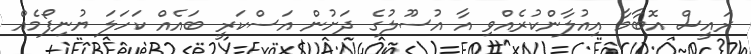
ރައީސް އޮބާމާ އިއުލާންކުރެއްވި އާ އުސޫލުގެ ދަށުން އަސްކަރީ ބައެއް ކަހަލަ ޔުނިފޯމެއް